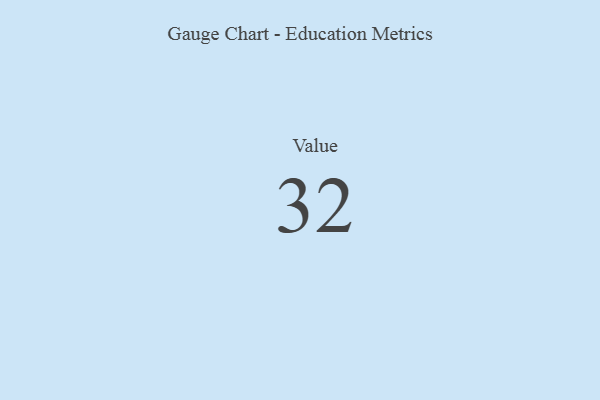
{"axis": {"x": "Metric", "y": "Value"}, "legend": [""], "data": [{"x": "Value", "y": 32, "type": ""}]}